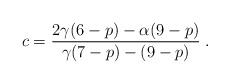
LaTeX: \begin{align*}c = \frac{2 \gamma (6 - p) - \alpha (9 - p)}{\gamma (7 - p) - (9 - p)} \; .\end{align*}